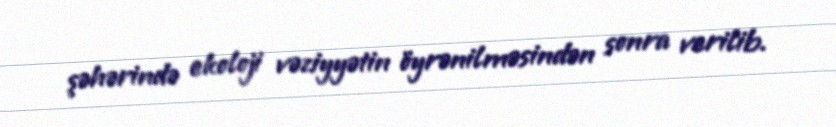
şəhərində ekoloji vəziyyətin öyrənilməsindən sonra verilib.